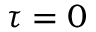
\tau = 0